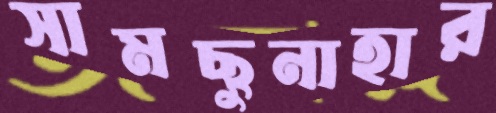
সামছুনাহার